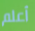
أعلم